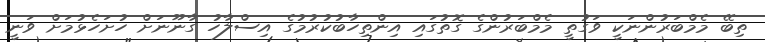
ތިބޭ މެމްބަރުންނަކީ ވަގުތީ މެމްބަރުންގެ ގޮތުގައި އިންތިހާބުކުރުމުގެ އިސްލާހު ގާނޫނަށް ހުށަހެޅުމަށް ވަނީ